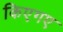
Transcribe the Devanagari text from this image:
किएगए